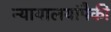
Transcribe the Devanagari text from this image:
न्यायालयांपैकी